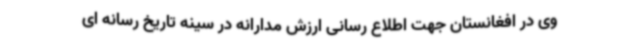
وی در افغانستان جهت اطلاع رسانی ارزش مدارانه در سینه تاریخ رسانه ای